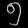
Digit: ၅